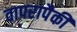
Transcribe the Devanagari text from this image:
वापरापैकी